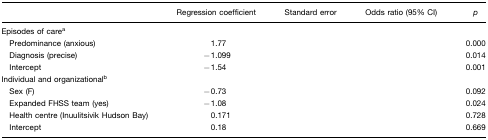
<table><thead><tr><td>[EMPTY_CELL]</td><td><b>Regression coefficient</b></td><td><b>Standard error</b></td><td><b>Odds ratio (95% CI)</b></td><td><b><i>p</i></b></td></tr></thead><tbody><tr><td colspan="5">Episodes of carea</td></tr><tr><td> Predominance (anxious)</td><td>1.77</td><td>[EMPTY_CELL]</td><td>[EMPTY_CELL]</td><td>0.000</td></tr><tr><td> Diagnosis (precise)</td><td>−1.099</td><td>[EMPTY_CELL]</td><td>[EMPTY_CELL]</td><td>0.014</td></tr><tr><td> Intercept</td><td>−1.54</td><td>[EMPTY_CELL]</td><td>[EMPTY_CELL]</td><td>0.001</td></tr><tr><td colspan="5">Individual and organizationalb</td></tr><tr><td> Sex (F)</td><td>−0.73</td><td>[EMPTY_CELL]</td><td>[EMPTY_CELL]</td><td>0.092</td></tr><tr><td> Expanded FHSS team (yes)</td><td>−1.08</td><td>[EMPTY_CELL]</td><td>[EMPTY_CELL]</td><td>0.024</td></tr><tr><td> Health centre (Inuulitsivik Hudson Bay)</td><td>0.171</td><td>[EMPTY_CELL]</td><td>[EMPTY_CELL]</td><td>0.728</td></tr><tr><td> Intercept</td><td>0.18</td><td>[EMPTY_CELL]</td><td>[EMPTY_CELL]</td><td>0.669</td></tr></tbody></table>